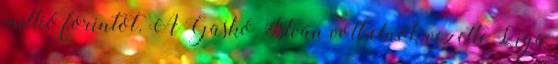
millió forintot. A Gaskó István volt elnök vezette Liga